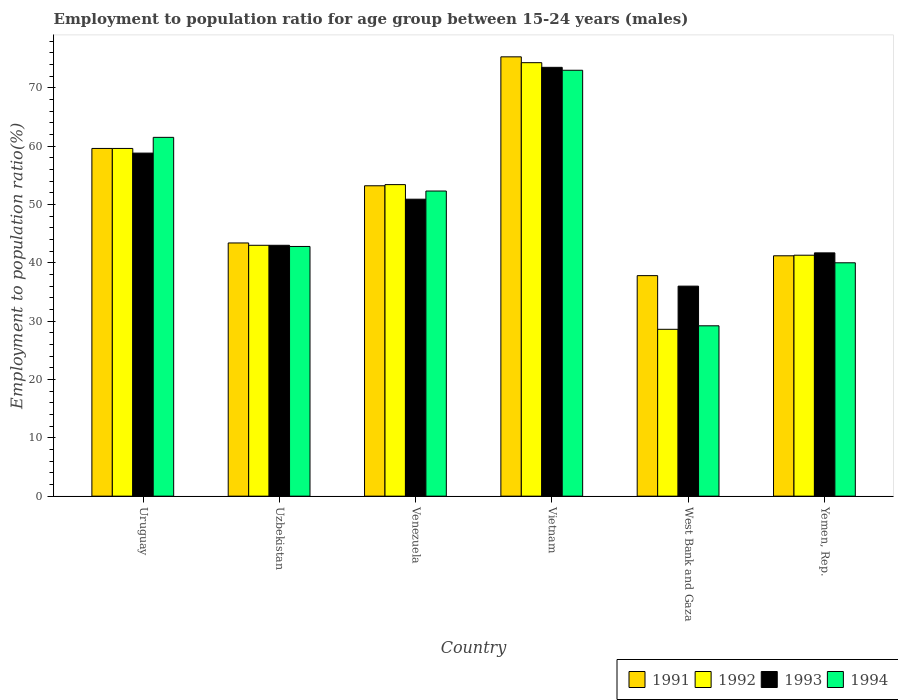
| Country | 1991 | 1992 | 1993 | 1994 |
 | --- | --- | --- | --- | --- |
 | Uruguay | 59.6 | 59.6 | 58.8 | 61.5 |
 | Uzbekistan | 43.4 | 43 | 43 | 42.8 |
 | Venezuela | 53.2 | 53.4 | 50.9 | 52.3 |
 | Vietnam | 75.3 | 74.3 | 73.5 | 73 |
 | West Bank and Gaza | 37.8 | 28.6 | 36 | 29.2 |
 | Yemen, Rep. | 41.2 | 41.3 | 41.7 | 40 |